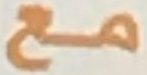
مع